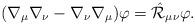
LaTeX: \begin{align*}(\nabla_{\mu} \nabla_{\nu}-\nabla_{\nu} \nabla_{\mu} ) \varphi =\hat{\cal R}_{\mu\nu} \varphi.\end{align*}